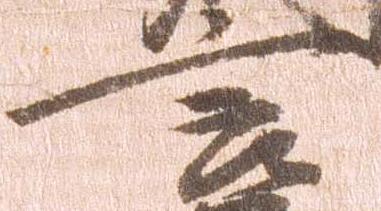
言